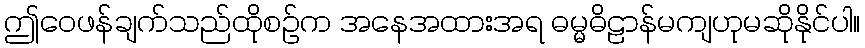
ဤဝေဖန်ချက်သည်ထိုစဉ်က အနေအထားအရ ဓမ္မဓိဠာန်မကျဟုမဆိုနိုင်ပါ။